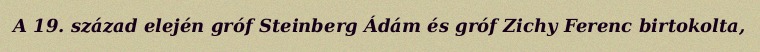
A 19. század elején gróf Steinberg Ádám és gróf Zichy Ferenc birtokolta,